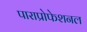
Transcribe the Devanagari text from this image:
पाराप्रोफेशनल